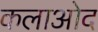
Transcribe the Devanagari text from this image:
कलाओद